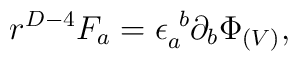
r^{D-4}F_{a} = \epsilon_a^{\ b}\partial_b\Phi_{(V)},